Annual statistical returns and brief notes on vaccination in Bengal - 1909-1929
Year: 1909
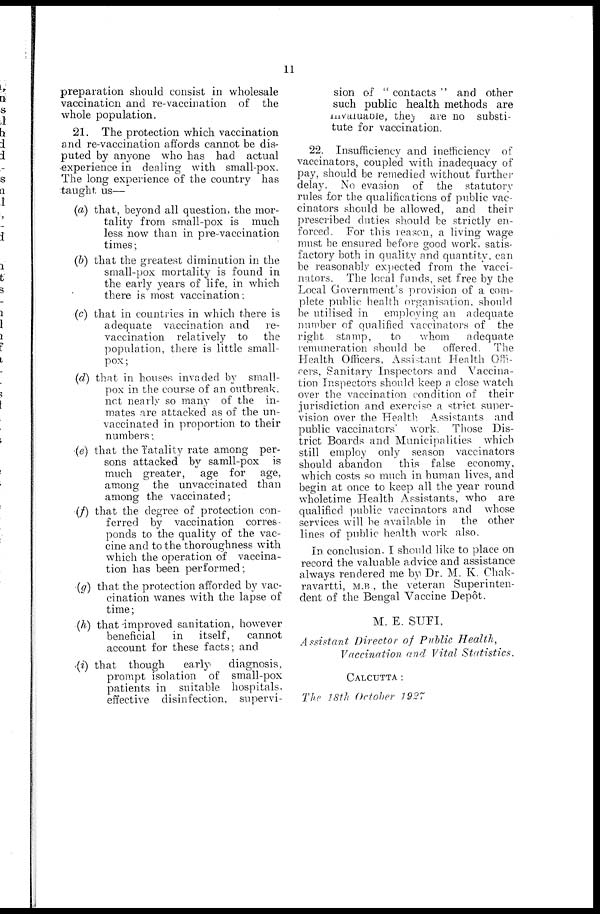
11
preparation should consist in wholesale
vaccination and re-vaccination of the
whole population.
21. The protection which vaccination
and re-vaccination affords cannot be dis-
puted by anyone who has had actual
experience in dealing with small-pox.
The long experience of the country has
taught us—
(a) that, beyond all question, the mor-
tality from small-pox is much
less now than in pre-vaccination
times;
(b) that the greatest diminution in the
small-pox mortality is found in
the early years of life, in which
there is most vaccination.
(c) that in countries in which there is
adequate vaccination and
re-
vaccination relatively to the
population, there is little small-
pox;
(d) that in houses invaded by small-
pox in the course of an outbreak.
not nearly so many of the in-
mates are attacked as of the un-
vaccinated in proportion to their
numbers;
(e) that the fatality rate among per-
sons attacked by samll-pox is
much greater, age for age,
among the unvaccinated than
among the vaccinated;
(f) that the degree of protection con-
ferred by vaccination corres-
ponds to the quality of the vac-
cine and to the thoroughness with
which the operation of vaccina-
tion has been performed;
(g) that the protection afforded by vac-
cination wanes with the lapse of
time;
(h) that improved sanitation, however
beneficial
in itself,
cannot
account for these facts; and
(i) that though
early
diagnosis,
prompt isolation of small-pox
patients in suitable hospitals,
effective disinfection, supervi-
sion of " contacts " and other
such public health methods are
invaluauble, they are no substi-
tute for vaccination.
22. Insufficiency and inefficiency of
vaccinators, coupled with inadequacy of
pay, should be remedied without further
delay. No evasion of the statutory
rules for the qualifications of public vac-
cinators should be allowed, and their
prescribed duties should be strictly en-
forced. For this reason, a living wage
must be ensured before good work, satis-
factory both in quality and quantity, can
be reasonably expected from the vacci-
nators. The local funds, set free by the
Local Government's provision of a com-
plete public health organisation, should
be utilised in employing an adequate
number of qualified vaccinators of the
right stamp,
to
whom
adequate
remuneration should be
offered. The
Health Officers, Assistant Health Offi-
cers, Sanitary Inspectors and Vaccina-
tion Inspectors should keep a close watch
over the vaccination condition of their
jurisdiction and exercise a strict super-
vision over the Health Assistants and
public vaccinators work. Those Dis-
trict Boards and Municipalities which
still employ only season vaccinators
should abandon
this false economy,
which costs so much in human lives, and
begin at once to keep all the year round
wholetime Health Assistants, who are
qualified public vaccinators and whose
services will be available in the other
lines of public health work also.
In conclusion, I should like to place on
record the valuable advice and assistance
always rendered me by Dr. M. K. Chak-
ravartti, M.B , the veteran Superinten-
dent of the Bengal Vaccine Depôt.
M. E. SUFI,
Assistant Director of Public Health,
Vaccination and Vital Statistics.
CALCUTTA :
The 18th October 1927